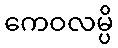
ကေဝလမ္ပိ